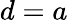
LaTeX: d=a